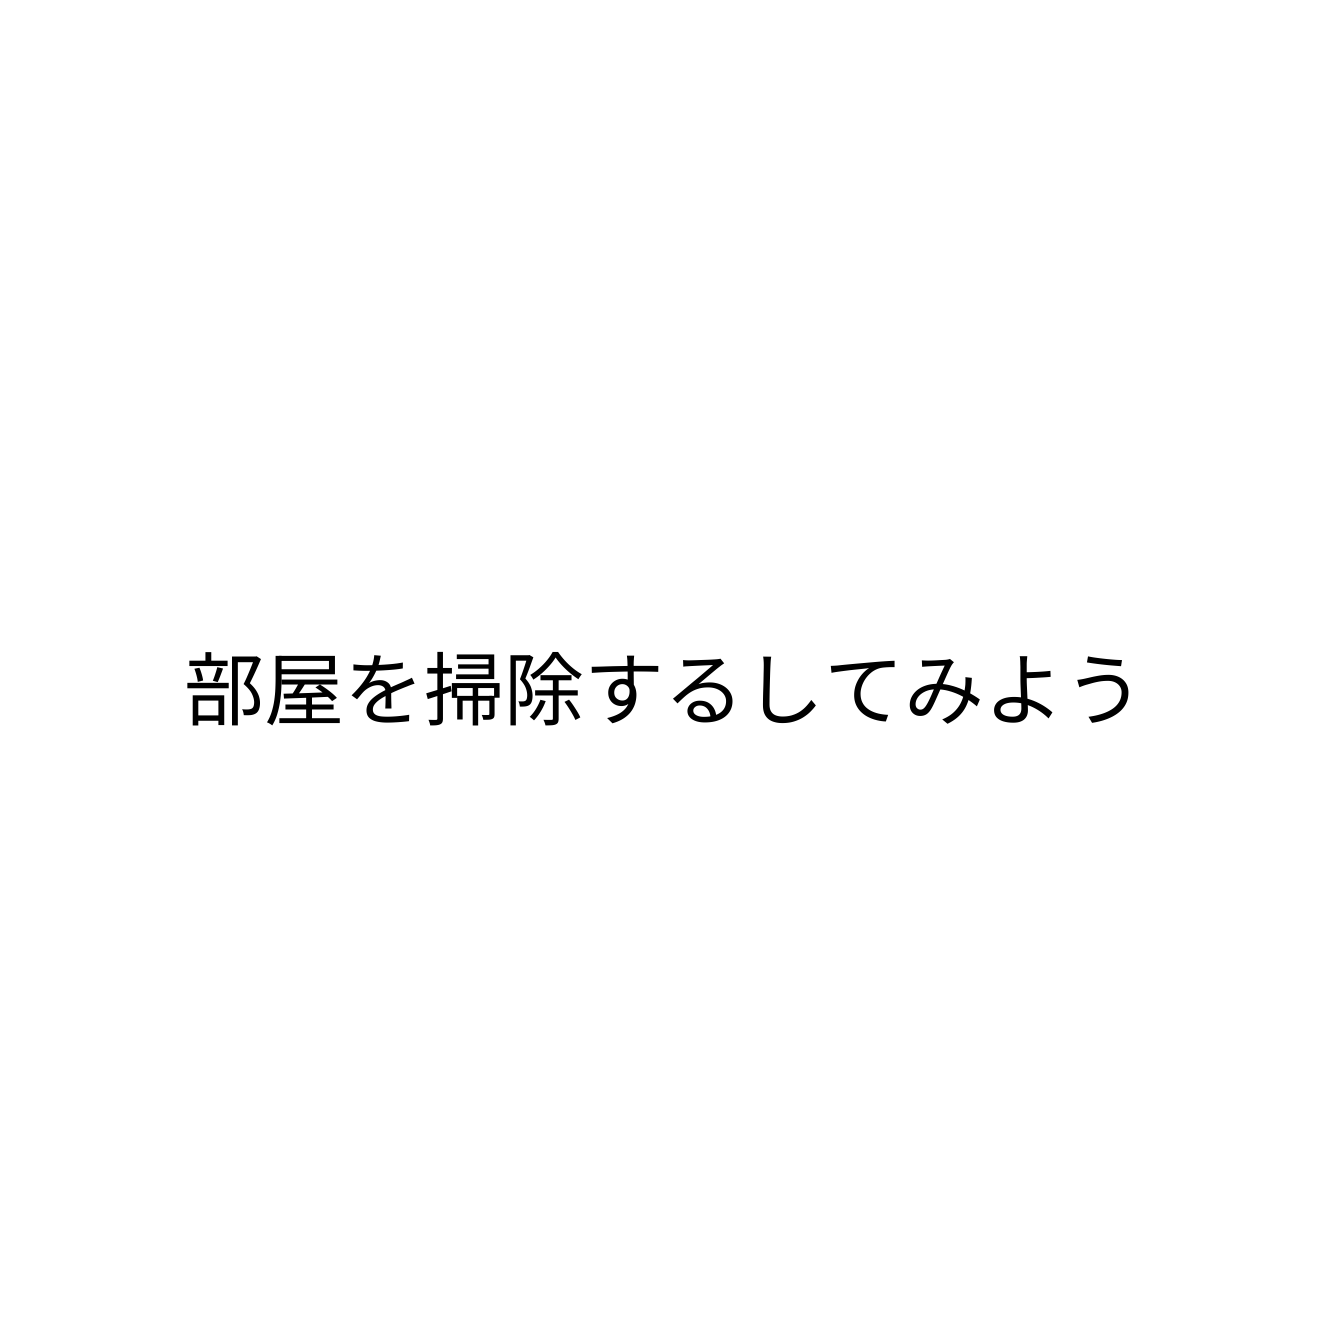
部屋を掃除するしてみよう